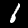
Label: 1